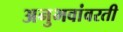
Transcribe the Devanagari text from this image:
अनुभवांवरती